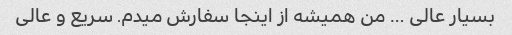
بسیار عالی … من همیشه از اینجا سفارش میدم. سریع و عالی